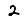
Digit: 2